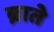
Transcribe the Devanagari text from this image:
ब्नाते